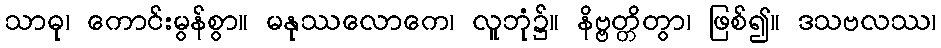
သာဓု၊ ကောင်းမွန်စွာ။ မနုဿလောကေ၊ လူဘုံ၌။ နိဗ္ဗတ္တိတွာ၊ ဖြစ်၍။ ဒသဗလဿ၊